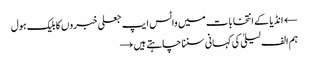
← انڈیا کے انتخابات میں واٹس ایپ جعلی خبروں کا بلیک ہول
ہم الف لیلیٰ کی کہانی سننا چاہتے ہیں →